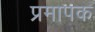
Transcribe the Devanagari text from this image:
प्रमापक